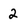
Character: 2